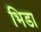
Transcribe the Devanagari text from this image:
भिडा